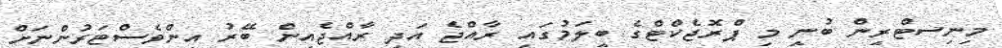
މިނިސޓްރީން ބުނީ މި ޕްރޮޖެކްޓްގެ ބީލަމުގައި ރާއްޖެ އަދި ރާއްޖެއިން ބޭރު އިންވެސްޓަރުންނަށް